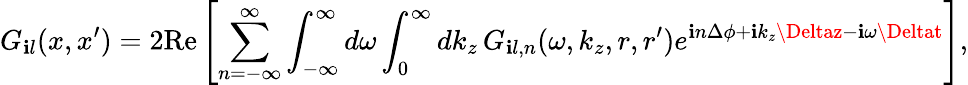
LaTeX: G_{\mathbf{i}l}(x,x^{\prime})=2\mathrm{{Re}}\left[\sum_{n=-\infty}^{\infty}\int_{-\infty}^{\infty}d\omega\int_{0}^{\infty}dk_{z}\, G_{\mathbf{i}l,n}(\omega,k_{z},r,r^{\prime})e^{\mathbf{i}n\Delta\phi+\mathbf{i}k_{z}\Deltaz-\mathbf{i}\omega\Deltat}\right],